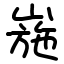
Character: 崺